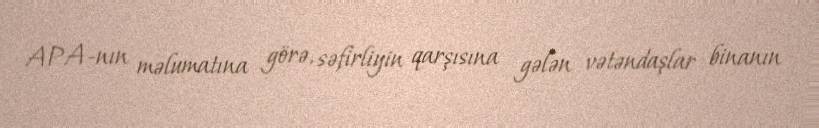
APA-nın məlumatına görə, səfirliyin qarşısına gələn vətəndaşlar binanın